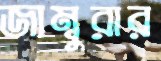
জাম্বুরার